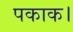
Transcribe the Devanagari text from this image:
पकाक।